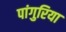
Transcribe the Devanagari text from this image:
पांगुरिया